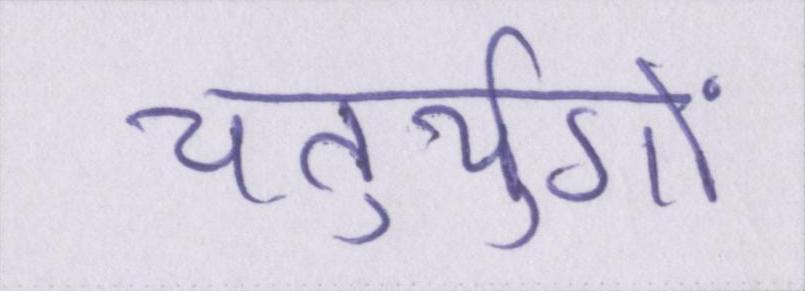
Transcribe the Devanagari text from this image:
चतुर्युगों